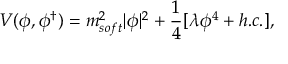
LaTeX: V ( \phi , \phi ^ { \dagger } ) = m _ { s o f t } ^ { 2 } | \phi | ^ { 2 } + \frac { 1 } { 4 } [ \lambda \phi ^ { 4 } + h . c . ] ,